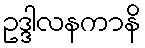
ဥဒ္ဒါလနကာနိ